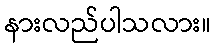
နားလည်ပါသလား။